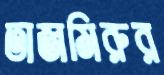
তাজমিরুর